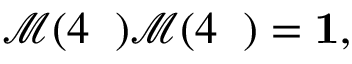
\begin{array} { r } { \mathcal { M } ( 4 { \it \Delta \Psi } ) \mathcal { M } ( 4 { \it \Delta \Psi } ) = { \bf 1 } , } \end{array}